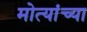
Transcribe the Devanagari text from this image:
मोत्यांच्या